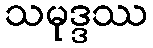
သမုဒ္ဒဿ